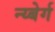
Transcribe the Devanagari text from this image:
न्य्बेर्ग